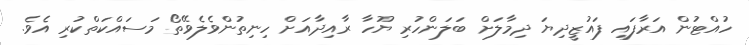
ހުއްޓުން އަރާފައި ފައުޒީދިޔަ ދިމާލަށް ބަލަންހުރި ޔޫހާ ރާއިދާއަށް ހިނިތުންވެލެވޭތޯ މަސައްކަތްކުރި އެވެ.